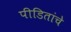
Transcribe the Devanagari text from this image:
पीडितांचे